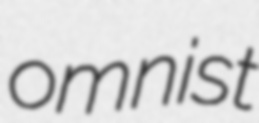
omnist